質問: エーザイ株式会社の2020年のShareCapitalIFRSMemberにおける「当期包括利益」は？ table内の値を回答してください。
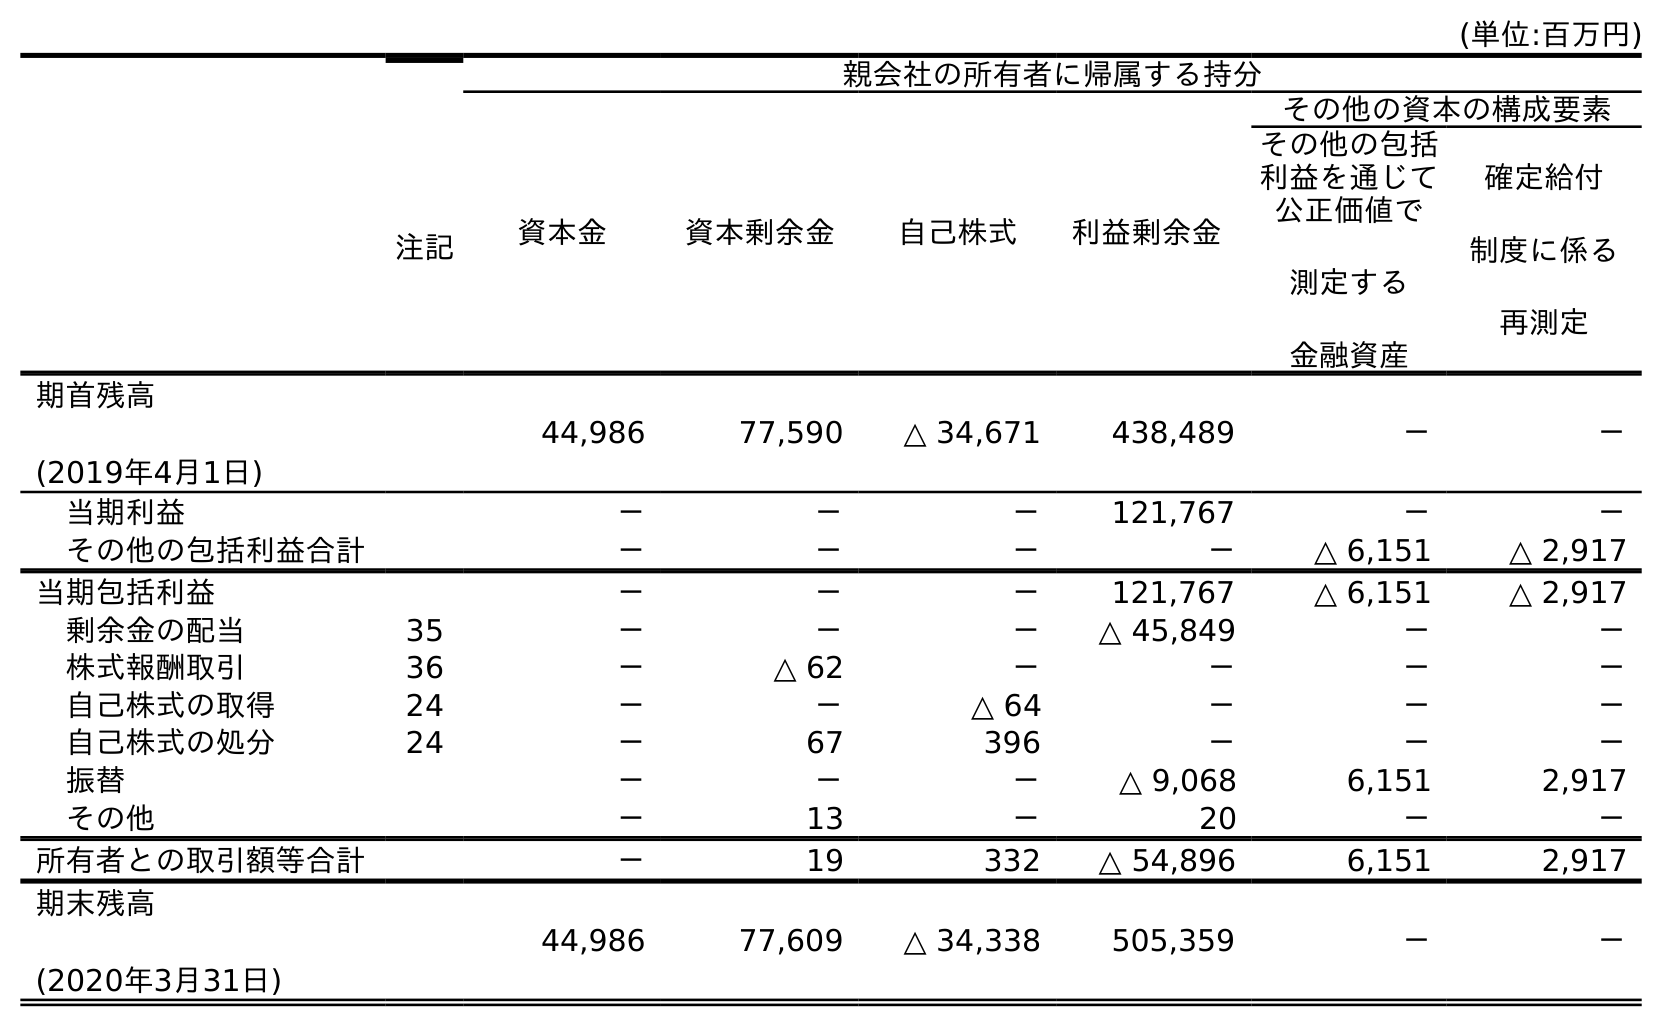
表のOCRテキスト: (単位:百万円) 注記 親会社の所有者に帰属する持分 資本金 資本剰余金 自己株式 利益剰余金 その他の資本の構成要素 その他の包括 利益を通じて 公正価値で 測定する 金融資産 確定給付 制度に係る 再測定 期首残高 (2019年4月1日) 44,986 77,590 △ 34,671 438,489 － － 当期利益 － － － 121,767 － － その他の包括利益合計 － － － － △ 6,151 △ 2,917 当期包括利益 － － － 121,767 △ 6,151 △ 2,917 剰余金の配当 35 － － － △ 45,849 － － 株式報酬取引 36 － △ 62 － － － － 自己株式の取得 24 － － △ 64 － － － 自己株式の処分 24 － 67 396 － － － 振替 － － － △ 9,068 6,151 2,917 その他 － 13 － 20 － － 所有者との取引額等合計 － 19 332 △ 54,896 6,151 2,917 期末残高 (2020年3月31日) 44,986 77,609 △ 34,338 505,359 － －
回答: －